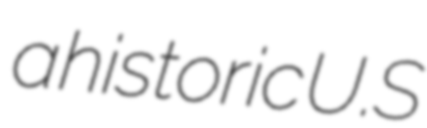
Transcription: a historic U.S